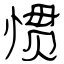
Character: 惯